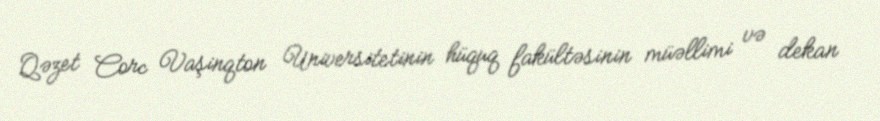
Qəzet Corc Vaşinqton Universitetinin hüquq fakültəsinin müəllimi və dekan